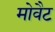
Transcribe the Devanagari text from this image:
मोवैट